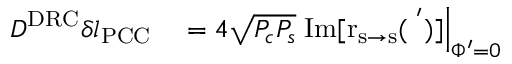
\begin{array} { r l } { D ^ { \mathrm { D R C } } \delta l _ { \mathrm { P C C } } } & { { } = 4 \sqrt { P _ { c } P _ { s } } \left. \mathrm { I m [ r _ { s \rightarrow s } ( \Phi ^ { ' } ) ] } \right| _ { \Phi ^ { \prime } = 0 } } \end{array}